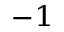
^ { - 1 }